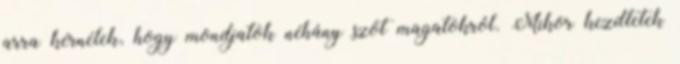
arra kérnélek, hogy mondjatok néhány szót magatokról. Mikor kezdtetek